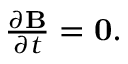
\begin{array} { r } { \frac { \partial \mathbf { B } } { \partial t } = \mathbf { 0 } . } \end{array}